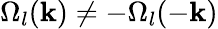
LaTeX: \Omega_{l}(\mathbf{k})\neq-\Omega_{l}(-\mathbf{k})